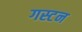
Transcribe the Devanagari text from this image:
गस्टन